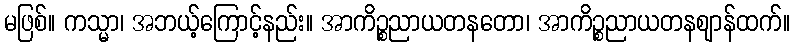
မဖြစ်။ ကသ္မာ၊ အဘယ့်ကြောင့်နည်း။ အာကိဉ္စညာယတနတော၊ အာကိဉ္စညာယတနဈာန်ထက်။